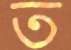
ত